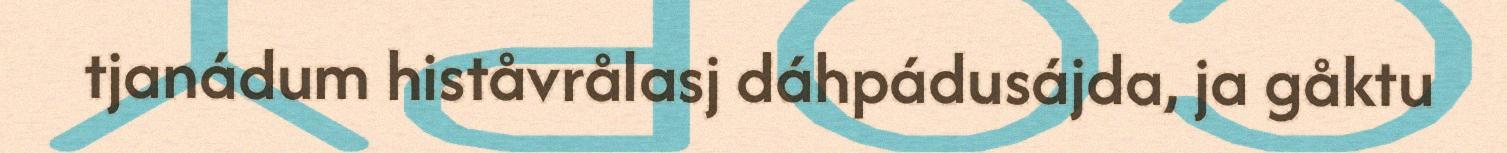
tjanádum histåvrålasj dáhpádusájda, ja gåktu